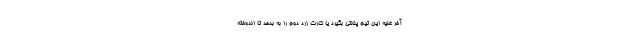
آخر علیه این تیم پنالتی بگیرد یا کارت زرد دوم را به بدهد تا اندوخته